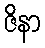
ဇိနာ